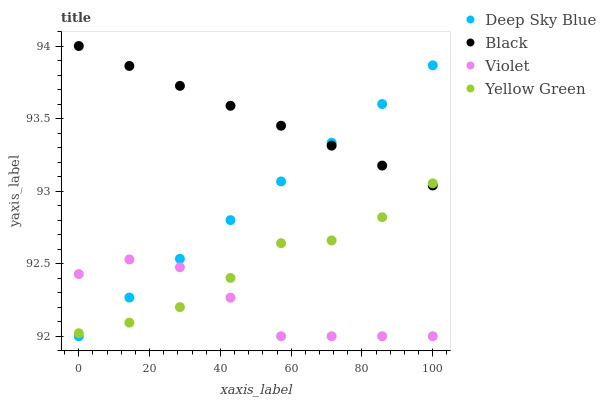
| xaxis_label | Deep Sky Blue | Black | Violet | Yellow Green |
 | --- | --- | --- | --- | --- |
 | 0 | 92 | 94 | 92.4 | 92 |
 | 14.3 | 92.3 | 93.9 | 92.5 | 92.1 |
 | 28.6 | 92.5 | 93.7 | 92.5 | 92.2 |
 | 42.9 | 92.8 | 93.6 | 92.3 | 92.4 |
 | 57.1 | 93.1 | 93.5 | 92 | 92.6 |
 | 71.4 | 93.3 | 93.3 | 92 | 92.7 |
 | 85.7 | 93.6 | 93.2 | 92 | 92.8 |
 | 100 | 93.9 | 93 | 92 | 93.1 |